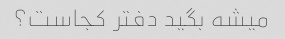
میشه بگید دفتر کجاست؟